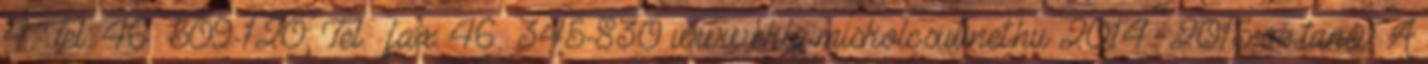
4. Tel.: 46 509-120; Tel. fax: 46 345-830 www.eklg-miskolc.sulinet.hu 2014 2015-ös tanév A